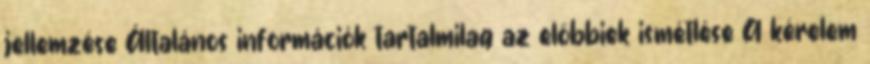
jellemzése Általános információk tartalmilag az előbbiek ismétlése A kérelem